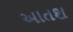
આતશ